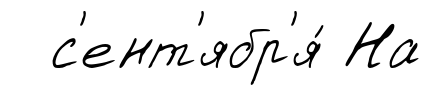
с'ент'ябр'я́ На